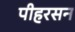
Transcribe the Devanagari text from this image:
पीहरसन